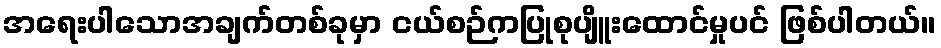
အရေးပါသောအချက်တစ်ခုမှာ ငယ်စဉ်ကပြုစုပျိူးထောင်မှုပင် ဖြစ်ပါတယ်။